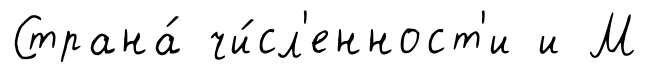
Страна́ чи́сл'енност'и и М